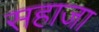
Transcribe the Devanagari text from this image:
सहाजा